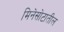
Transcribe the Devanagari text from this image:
मिनेसोटातील